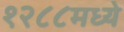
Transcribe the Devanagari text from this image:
१२८८मध्ये